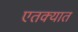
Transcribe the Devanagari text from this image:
एतक्यात